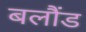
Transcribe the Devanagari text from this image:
बलौंड